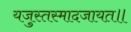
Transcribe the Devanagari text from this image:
यजुस्तस्मादजायत॥